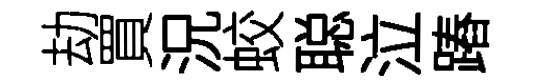
劫買況蛟聪泣蹖